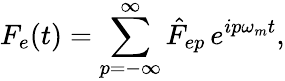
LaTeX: F_{e}(t)=\sum_{p=-\infty}^{\infty}\hat{F}_{ep}\, e^{ip\omega_{m}t},